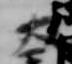
大